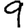
Digit: 9